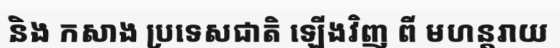
និង កសាង ប្រទេសជាតិ ឡើងវិញ ពី មហន្តរាយ